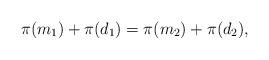
LaTeX: \begin{align*}\pi(m_1) + \pi(d_1) = \pi(m_2) + \pi(d_2),\end{align*}